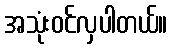
အသုံးဝင်လှပါတယ်။